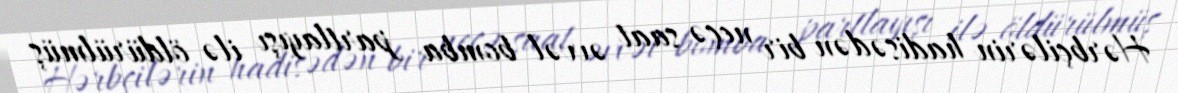
Hərbçilərin hadisədən bir neçə saat əvvəl bomba partlayışı ilə öldürülmüş